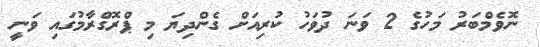
ނޮވެމްބަރު މަހުގެ 2 ވަނަ ދުވަހު ކުރިއަށް ގެންދިޔަ މި ޕްރޮގްރާމުގައި ވަނީ